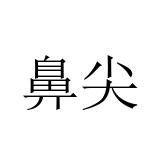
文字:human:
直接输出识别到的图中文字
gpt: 鼻尖